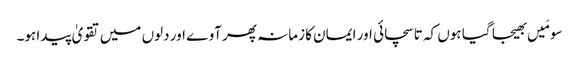
سو مَیں بھیجا گیا ہوں کہ تا سچائی اور ایمان کا زمانہ پھر آوے اور دلوں میں تقویٰ پیدا ہو۔